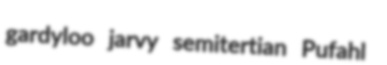
gardyloo jarvy semitertian Pufahl